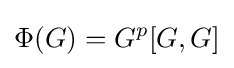
\Phi (G)=G^{p}[G,G]